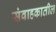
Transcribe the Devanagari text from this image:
संवाहकातील